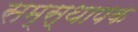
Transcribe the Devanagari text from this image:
सम्स्थापक